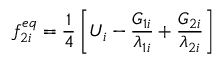
f _ { 2 i } ^ { e q } = \frac { 1 } { 4 } \left[ U _ { i } - \frac { G _ { 1 i } } { \lambda _ { 1 i } } + \frac { G _ { 2 i } } { \lambda _ { 2 i } } \right]